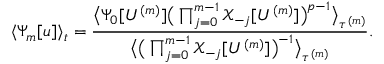
\langle \Psi _ { m } [ u ] \rangle _ { t } = \frac { \big \langle \Psi _ { 0 } [ U ^ { ( m ) } ] \big ( \prod _ { j = 0 } ^ { m - 1 } \mathcal { X } _ { - j } [ U ^ { ( m ) } ] \big ) ^ { p - 1 } \big \rangle _ { \tau ^ { ( m ) } } } { \big \langle \big ( \prod _ { j = 0 } ^ { m - 1 } \mathcal { X } _ { - j } [ U ^ { ( m ) } ] \big ) ^ { - 1 } \big \rangle _ { \tau ^ { ( m ) } } } .